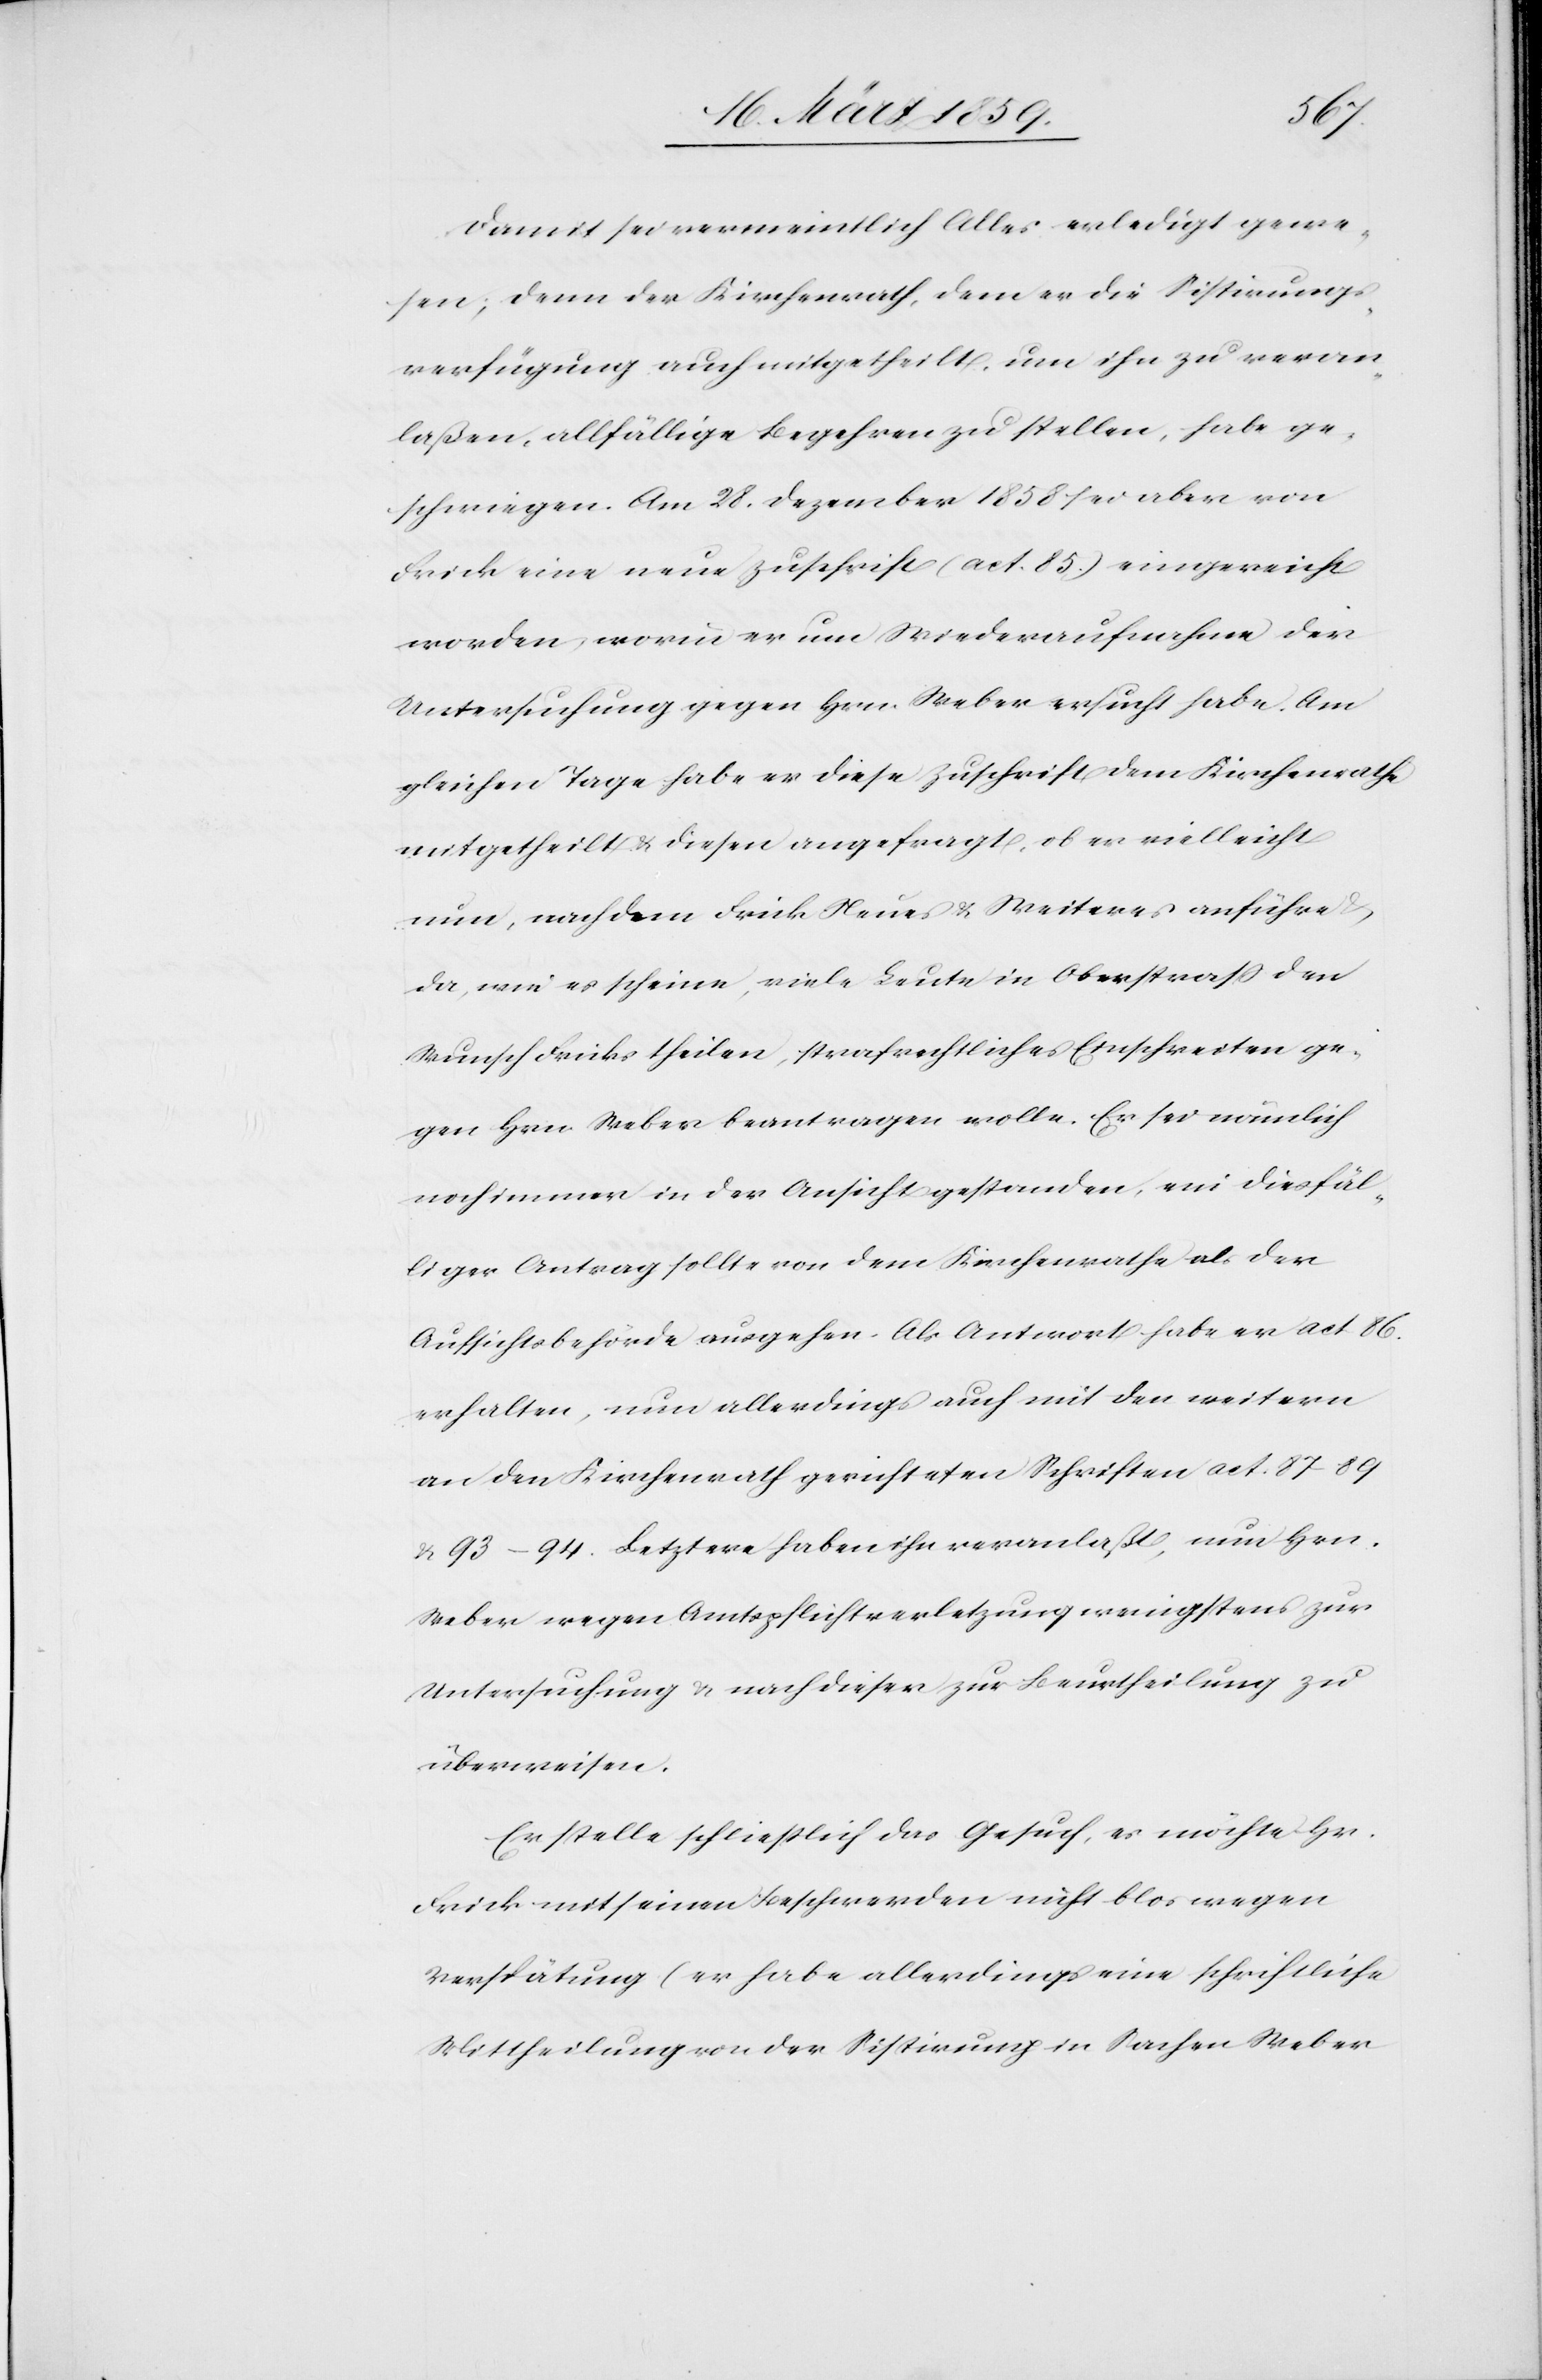
Damit sei vermeintlich Alles erledigt gewe¬
sen; denn der Kirchenrath, dem er die Sistirungs¬
verfügung auch mitgetheilt, um ihn zu veran¬
laßen, allfällige Begehren zu stellen, habe ge¬
schwiegen, Am 28. Dezember 1858 sei aber von
Frick eine neue Zuschrift (act. 85.) eingereicht
worden, worin er um Wiederaufnahme der
Untersuchung gegen Hrn. Weber ersucht habe. Am
gleichen Tage habe er diese Zuschrift dem Kirchenrathe
mitgetheilt & diesen angefragt, ob er vielleicht
nun, nachdem Frick Neues & Weiteres anführe
da, wie es scheine, viele Leute in Oberstraß den
Wunsch Fricks theilen, strafrechtliches Einschreiten ge¬
gen Hrn. Weber beantragen wolle. Er sei nämlich
noch immer in der Ansicht gestanden, ein diesfäl¬
liger Antrag sollte von dem Kirchenrathe als der
Aufsichtsbehörde ausgehen. Als Antwort habe er act 86.
erhalten, nun allerdings auch mit den weitern
an den Kirchenrath gerichteten Schriften act. 87 89
& 93–94. Letzere haben ihn veranlaßt, nun Hrn.
Weber wegen Amtspflichtverletzung wenigstens zur
Untersuchung & nach dieser zur Beurtheilung zu
überweisen.
Er stelle schließlich das Gesuch, es möchte Hr.
Frick mit seinen Beschwerden nicht blos wegen
Verspätung (er habe allerdings eine schriftliche
Mittheilung von der Sistirung in Sachen Weber